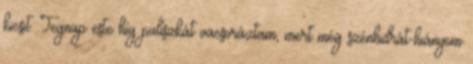
kicsit. Tegnap este híg puliszkát vacsoráztam, mert még szénhidrát-hiányom